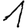
Digit: 1